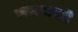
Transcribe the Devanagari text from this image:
सरावातले